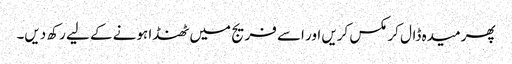
پھر میدہ ڈال کر مکس کریں اور اسے فریج میں ٹھنڈا ہونے کے لیے رکھ دیں۔